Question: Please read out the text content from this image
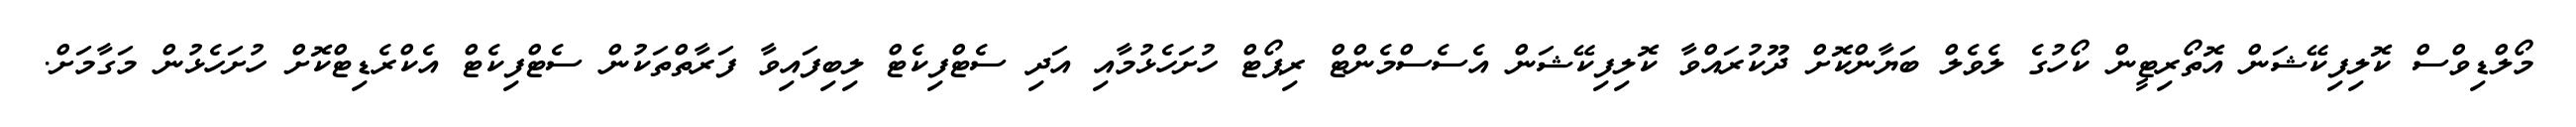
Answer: މޯލްޑިވްސް ކޮލިފިކޭޝަން އޮތޯރިޓީން ކޯހުގެ ލެވެލް ބަޔާންކޮށް ދޫކުރައްވާ ކޮލިފިކޭޝަން އެސެސްމެންޓް ރިޕޯޓް ހުށަހެޅުމާއި އަދި ސެޓްފިކެޓް ލިބިފައިވާ ފަރާތްތަކުން ސެޓްފިކެޓް އެކްރެޑިޓްކޮށް ހުށަހެޅުން މަގާމަށް.